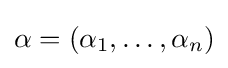
\alpha =(\alpha _{1},\dots ,\alpha _{n})